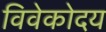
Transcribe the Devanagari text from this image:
विवेकोदय